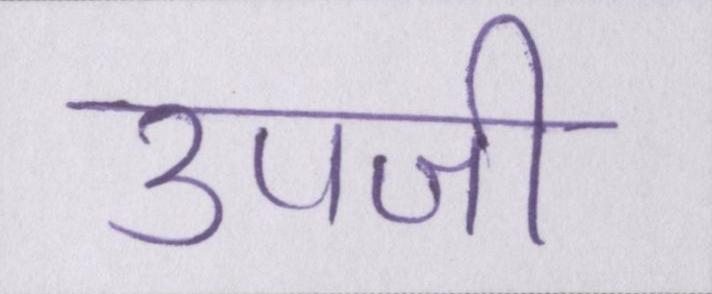
उपजी